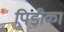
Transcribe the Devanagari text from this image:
पिडीका